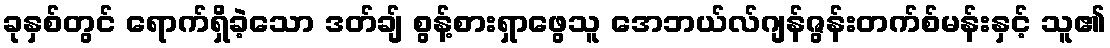
ခုနှစ်တွင် ရောက်ရှိခဲ့သော ဒတ်ချ် စွန့်စားရှာဖွေသူ အေဘယ်လ်ဂျန်ဇွန်းတက်စ်မန်းနှင့် သူ၏